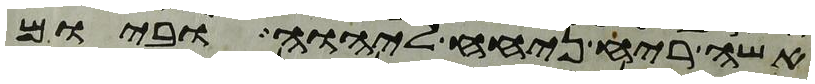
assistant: אשה ריח ניחח ליהוה וביום